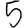
Digit: 5